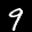
Label: 9